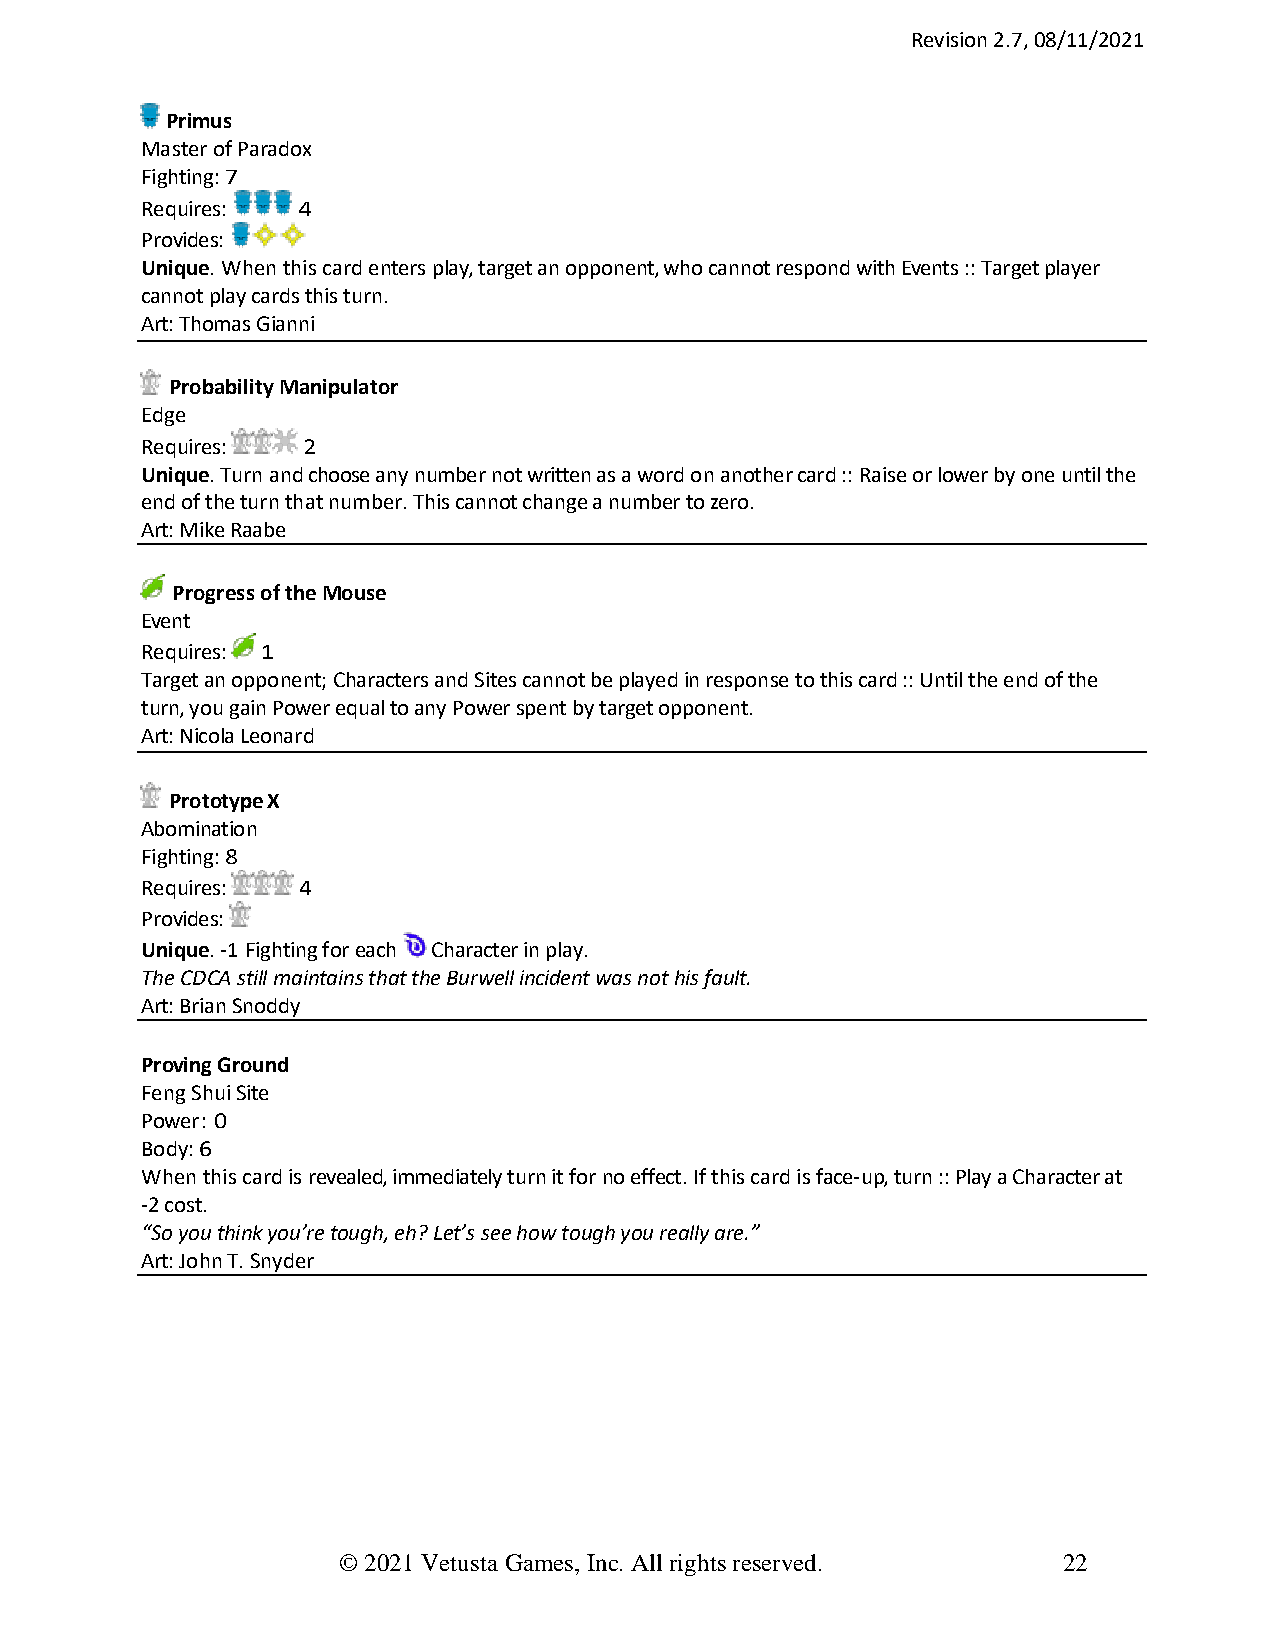
Revision 2.7, 08/11/2021
 Primus
 Master of Paradox
 Fighting: 7
 Requires:  4
 Provides:
 Unique. When this card enters play, target an opponent, who cannot respond with Events :: Target player
 cannot play cards this turn.
 Art: Thomas Gianni
 Probability Manipulator
 Edge
 Requires:  2
 Unique. Turn and choose any number not written as a word on another card :: Raise or lower by one until the
 end of the turn that number. This cannot change a number to zero.
 Art: Mike Raabe
 Progress of the Mouse
 Event
 Requires: 1
 Target an opponent; Characters and Sites cannot be played in response to this card :: Until the end of the
 turn, you gain Power equal to any Power spent by target opponent.
 Art: Nicola Leonard
 Prototype X
 Abomination
 Fighting: 8
 Requires:  4
 Provides:
 Unique. -1 Fighting for each Character in play.
 The CDCA still maintains that the Burwell incident was not his fault.
 Art: Brian Snoddy
 Proving Ground
 Feng Shui Site
 Power : 0
 Body: 6
 When this card is revealed, immediately turn it for no effect. If this card is face-up, turn :: Play a Character at
 -2 cost.
 “So you think you’re tough, eh? Let’s see how tough you really are.”
 Art: John T. Snyder
 © 2021 Vetusta Games, Inc. All rights reserved. 22